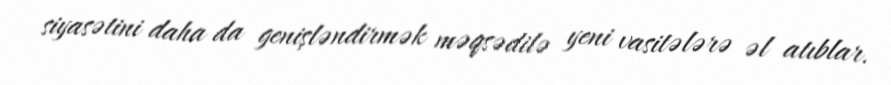
siyasətini daha da genişləndirmək məqsədilə yeni vasitələrə əl atıblar.